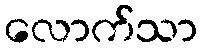
လောက်သာ